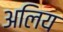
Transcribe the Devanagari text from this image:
अलिय